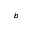
^ b